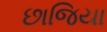
છાજિયા